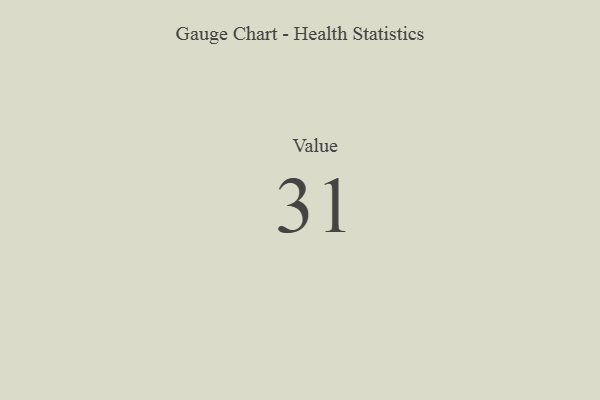
{"axis": {"x": "Metric", "y": "Value"}, "legend": [""], "data": [{"x": "Value", "y": 31, "type": ""}]}